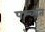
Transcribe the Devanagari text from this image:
पश्च्यंत